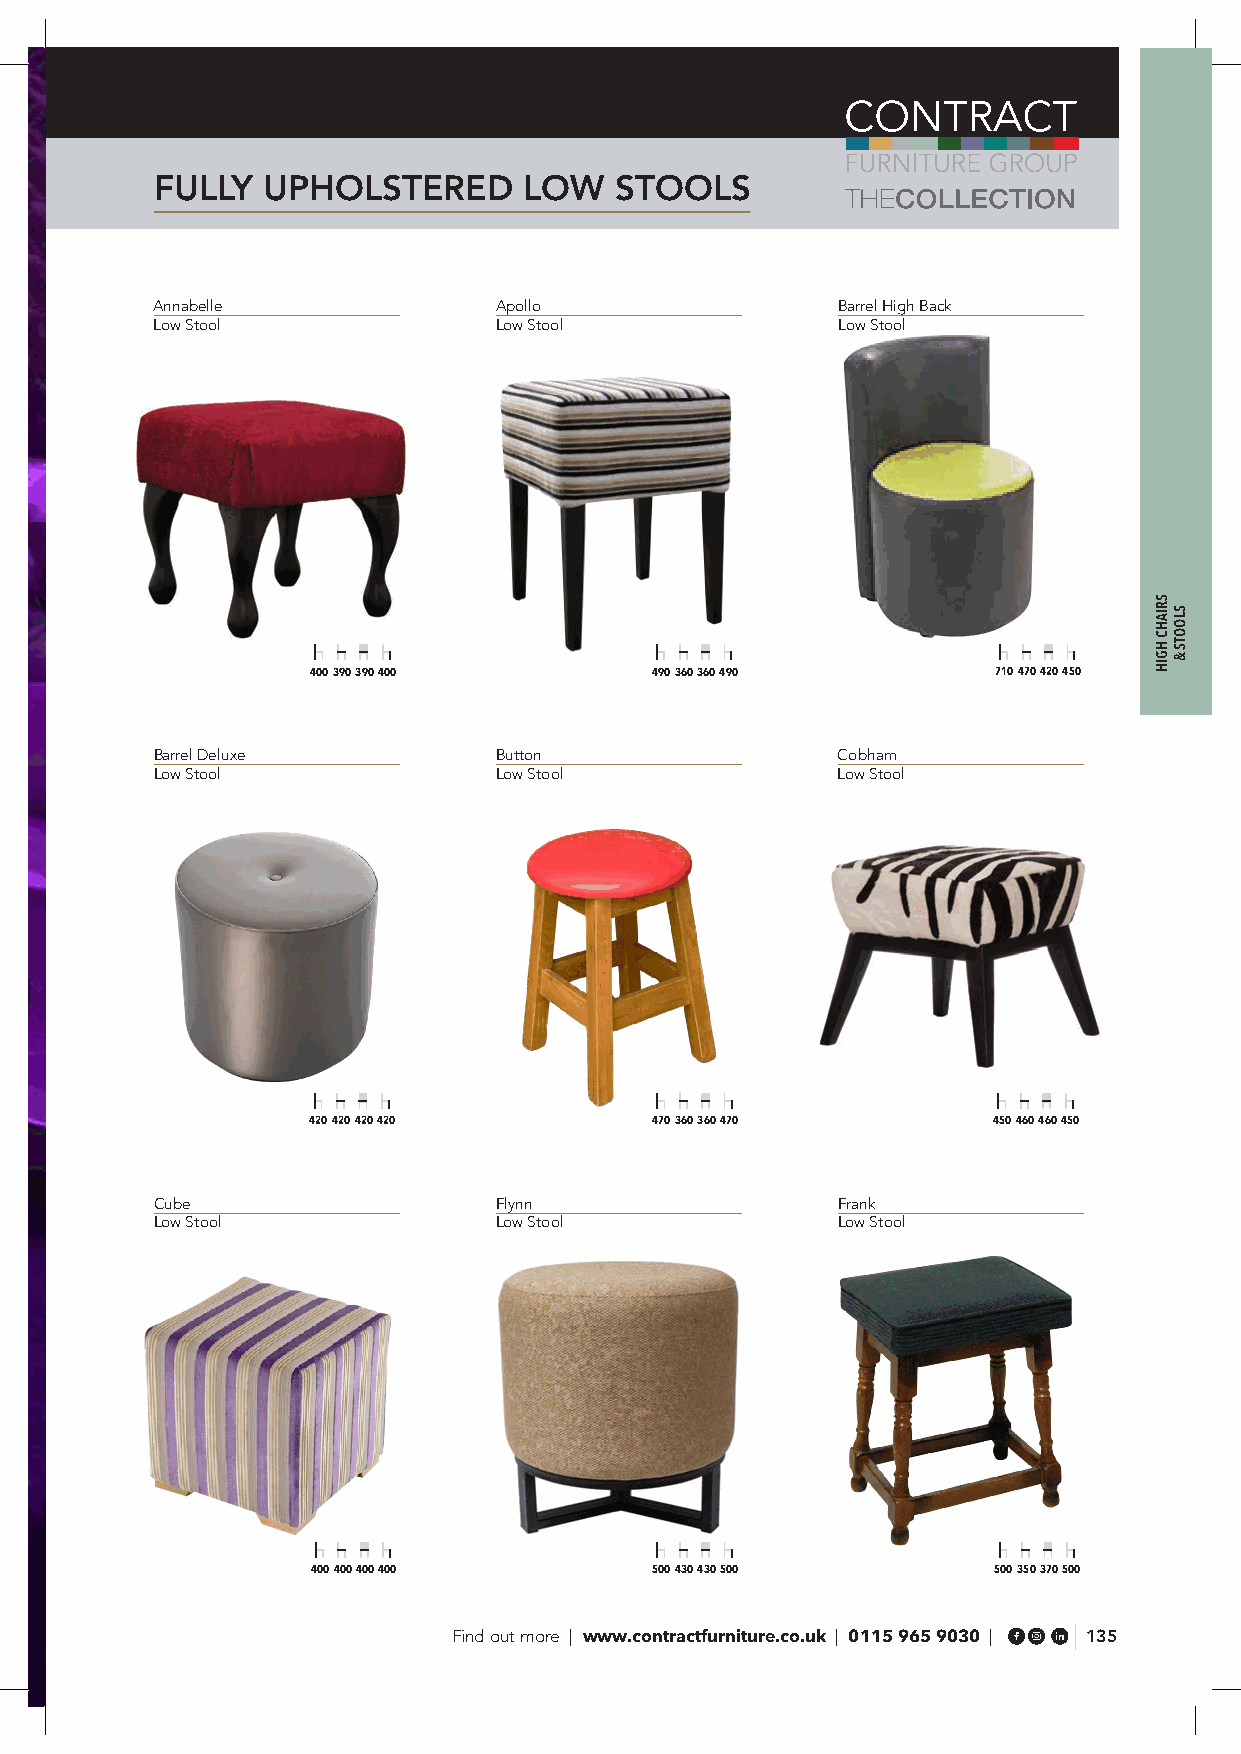
FULLY  UPHOLSTERED       LOW   STOOLS
 Annabelle              Apollo                Barrel High Back
 Low Stool              Low Stool             Low Stool
 400 390 390 400       490 360 360 490        710 470 420 450
 Barrel Deluxe          Button                Cobham
 Low Stool              Low Stool             Low Stool
 420 420 420 420        470 360 360 470        450 460 460 450
 Cube                   Flynn                 Frank
 Low Stool              Low Stool             Low Stool
 400 400 400 400       500 430 430 500        500 350 370 500
 Find out more | www.contractfurniture.co.uk | 0115 965 9030 | 135
 SRIAHC
 HGIH
 SLOOTS
 &